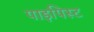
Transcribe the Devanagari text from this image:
पाइपिस्ट